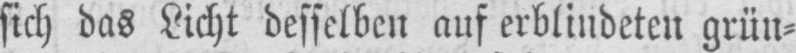
sich das Licht desselben auf erblindeten grün⸗